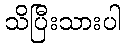
သိပြီးသားပါ